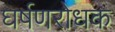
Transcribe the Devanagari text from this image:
घर्षणरोधक